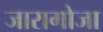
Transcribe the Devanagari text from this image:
जारागोजा